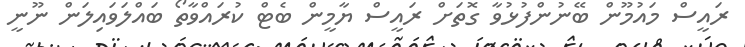
ރައީސް މައުމޫން ބޭނުންފުޅުވާ ގޮތަށް ރައީސް ޔާމީން ބެޓް ކުރައްވާތޯ ބައްލަވައިލަން ނޫނީ